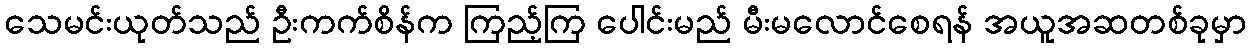
သေမင်းယုတ်သည် ဦးကက်စိန်က ကြည့်ကြ ပေါင်းမည် မီးမလောင်စေရန် အယူအဆတစ်ခုမှာ